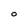
Character: 0